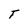
Character: T